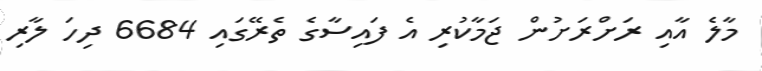
މާލެ އާއި ރަށްރަށުން ޖަމާކުރި އެ ފައިސާގެ ތެރޭގައި 6684 ދިހަ ލާރި